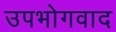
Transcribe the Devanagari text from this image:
उपभोगवाद